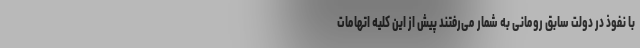
با نفوذ در دولت سابق رومانی به شمار می‌رفتند پیش از این کلیه اتهامات